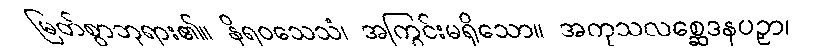
မြတ်စွာဘုရား၏။ နိရဝသေသံ၊ အကြွင်းမရှိသော။ အကုသလစ္ဆေဒနပဉှာ၊